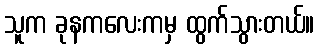
သူက ခုနကလေးကမှ ထွက်သွားတယ်။